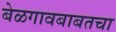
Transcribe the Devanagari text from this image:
बेळगावबाबतचा